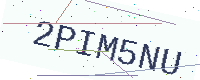
Text: 2PIM5NU